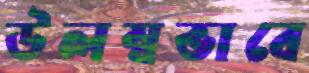
উলম্বভাবে